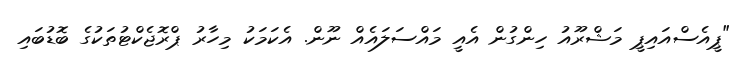
"ޕީއެސްއައިޕީ މަޝްރޫއު ހިންގުން އެއީ މައްސަލައެއް ނޫން. އެކަމަކު މިހާރު ޕްރޮޖެކްޓުތަކުގެ ބޮޑުބައި